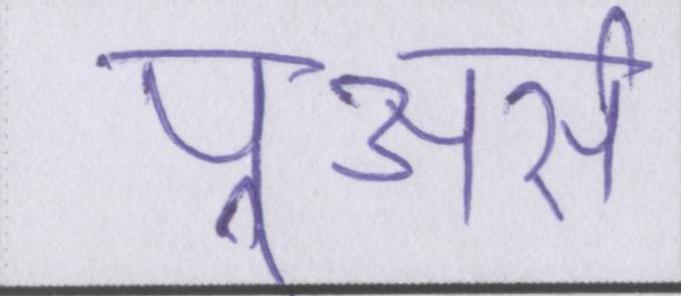
पूअर्स